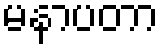
မနာပတာ